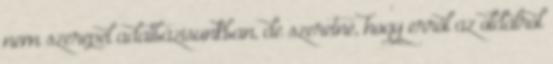
nem szerepel adatbázisunkban, de szeretné, hogy erről az oldalról